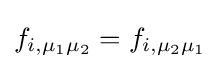
f_{i,\mu _{1}\mu _{2}}=f_{i,\mu _{2}\mu _{1}}